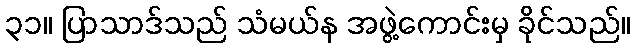
၃၁။ ပြာသာဒ်သည် သံမယ်န အဖွဲ့ကောင်းမှ ခိုင်သည်။